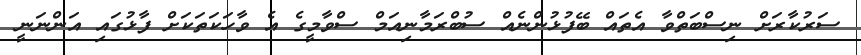
ސަރުކާރަށް ނިސްބަތްވާ އެތައް ބޭފުޅުންނެއް ސުބްރަމާނިއަމް ސްވާމީގެ އެ ވާހަކަތަކަށް ފާޅުގައި އަންނަނީ